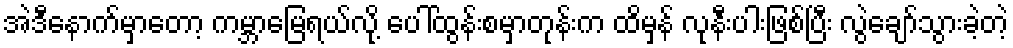
အဲဒီနောက်မှာတော့ ကမ္ဘာမြေရယ်လို့ ပေါ်ထွန်းစမှာတုန်းက ထိမှန် လုနီးပါးဖြစ်ပြီး လွဲချော်သွားခဲ့တဲ့